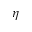
\eta